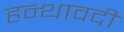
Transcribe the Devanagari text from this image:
हन्थावदी